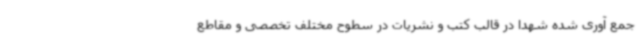
جمع آوری شده شهدا در قالب کتب و نشریات در سطوح مختلف تخصصی و مقاطع